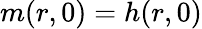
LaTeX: m(r,0)=h(r,0)